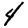
Digit: 4